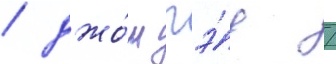
/ джо́ш гэ́д /